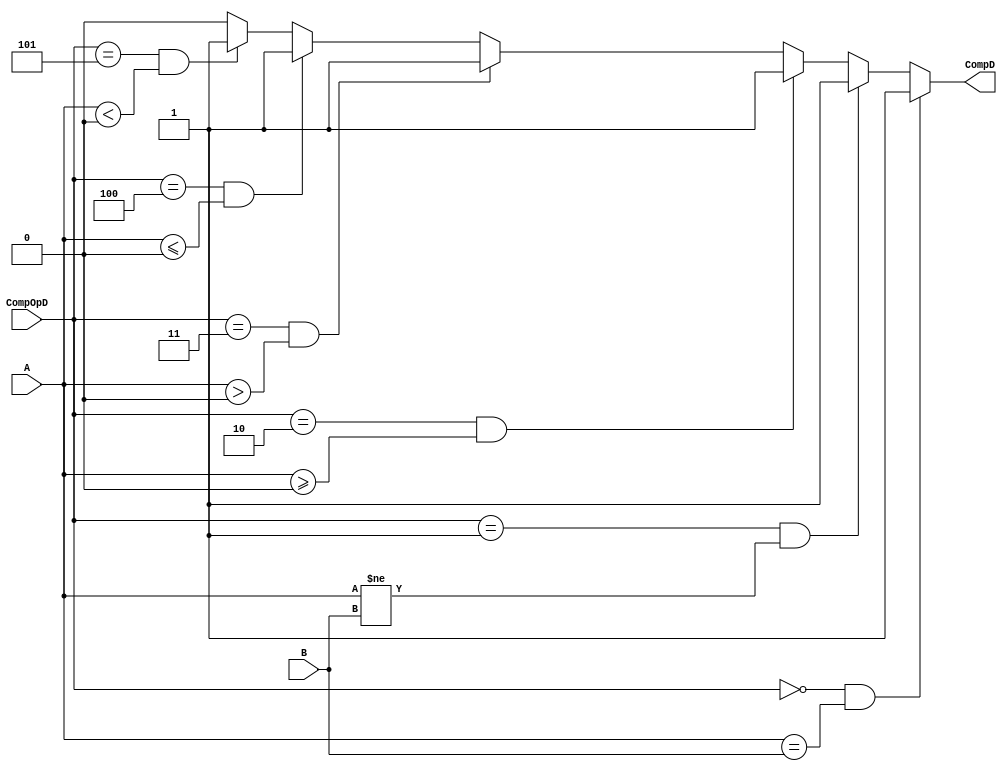
module Comp(
  input [31:0] A, B,
  input [2:0]  CompOpD,
  output       CompD
  );
  
  assign CompD = (CompOpD == 3'b000 && A == B)          ? 1 :
                 (CompOpD == 3'b001 && A != B)          ? 1 :
                 (CompOpD == 3'b010 && $signed(A) >= 0) ? 1 :
                 (CompOpD == 3'b011 && $signed(A) > 0)  ? 1 :
                 (CompOpD == 3'b100 && $signed(A) <= 0) ? 1 :
                 (CompOpD == 3'b101 && $signed(A) < 0)  ? 1 : 0;
  
endmodule